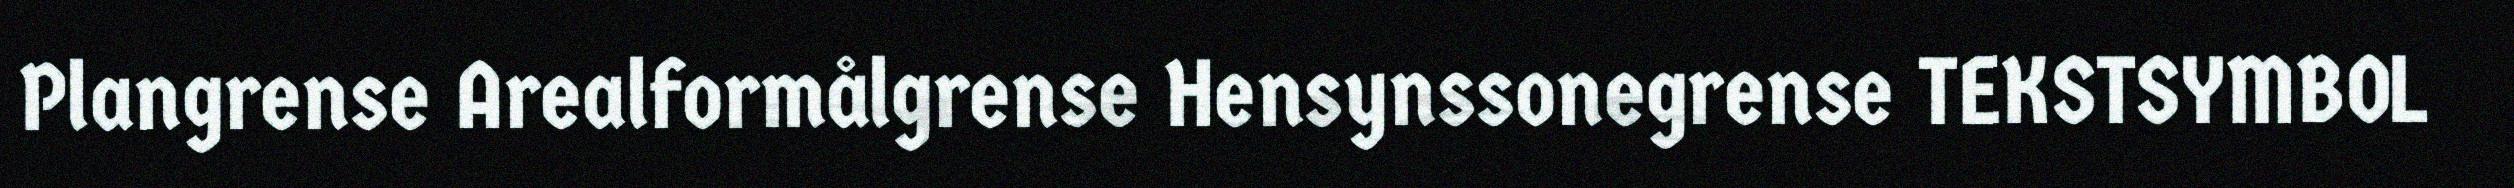
Plangrense Arealformålgrense Hensynssonegrense TEKSTSYMBOL